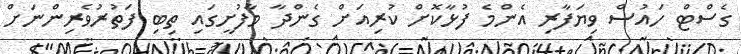
ގެސްޓް ހައުސް ވިޔަފާރި އެންމެ ފުޅާކޮށް ކުރިއަށް ގެންދާ މާފުށީގައި ތިބި ފަތުރުވެރިންނަށް